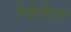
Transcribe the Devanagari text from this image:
रेवेलेटर